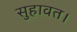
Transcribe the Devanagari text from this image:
सुहावत।